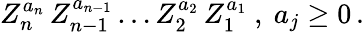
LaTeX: Z_{n}^{a_{n}}\, Z_{n-1}^{a_{n-1}}\ldots Z_{2}^{a_{2}}\, Z_{1}^{a_{1}}\ ,\ a_{j}\geq 0\, .